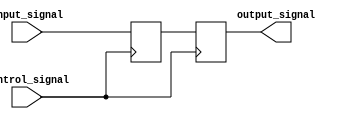
module TransmissionGateDelay (
    input wire control_signal,
    input wire input_signal,
    output reg output_signal
);

reg delay_signal;

always @ (posedge control_signal)
begin
    delay_signal <= input_signal;
    output_signal <= delay_signal;
end

endmodule